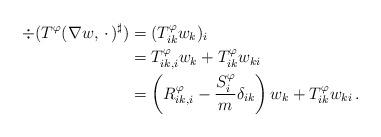
LaTeX: \begin{align*}\div(T^\varphi(\nabla w,\,\cdot\,)^\sharp) & = (T^\varphi_{ik} w_k)_i \\& = T^\varphi_{ik,i} w_k + T^\varphi_{ik} w_{ki} \\& = \left(R^\varphi_{ik,i} - \frac{S^\varphi_i}{m} \delta_{ik}\right) w_k + T^\varphi_{ik} w_{ki} \, .\end{align*}